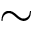
\sim